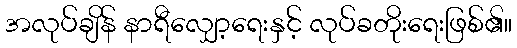
အလုပ်ချိန် နာရီလျှော့ရေးနှင့် လုပ်ခတိုးရေးဖြစ်၏။